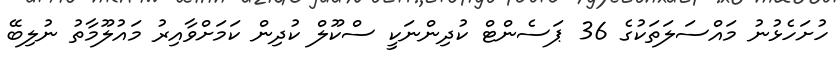
ހުށަހެޅުނު މައްސަލަތަކުގެ 36 ޕަސެންޓް ކުދިންނަކީ ސްކޫލް ކުދިން ކަމަށްވާއިރު މައުލޫމާތު ނުލިބޭ